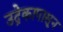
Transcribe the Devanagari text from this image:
उद्रेकापासून